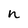
Character: n